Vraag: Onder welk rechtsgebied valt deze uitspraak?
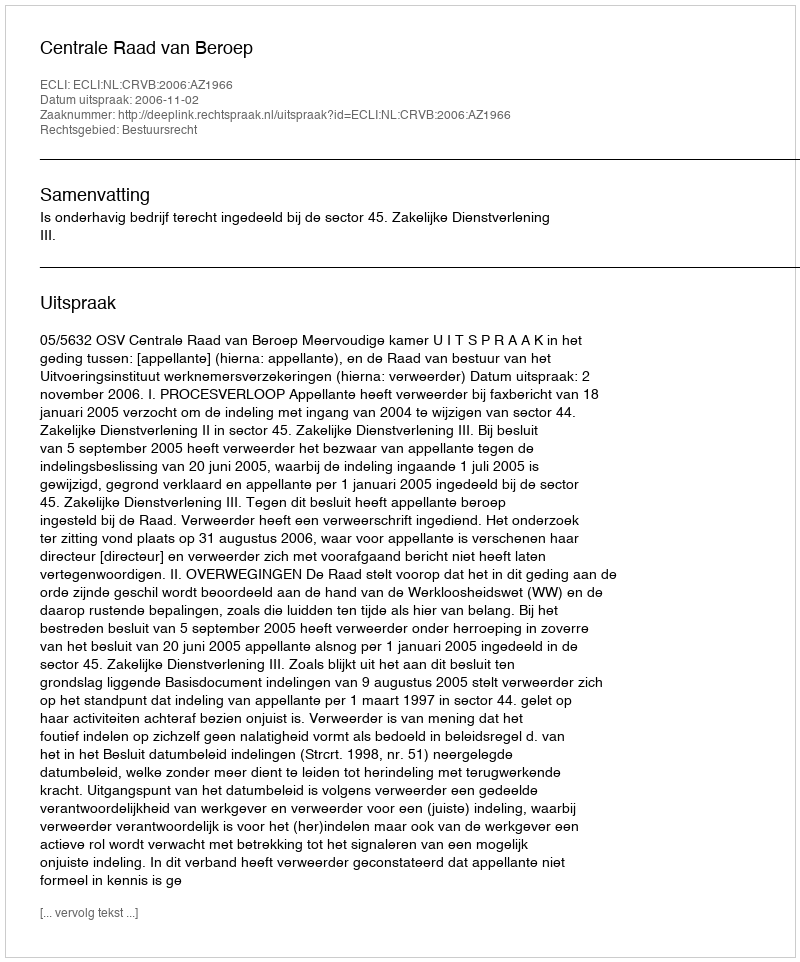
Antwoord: Bestuursrecht